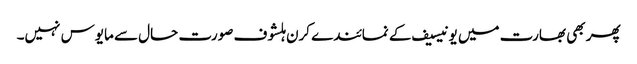
پھر بھی بھارت میں یونیسیف کے نمائندے کرن ہلشوف صورت حال سے مایوس نہیں۔